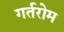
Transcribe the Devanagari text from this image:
गर्तरोम